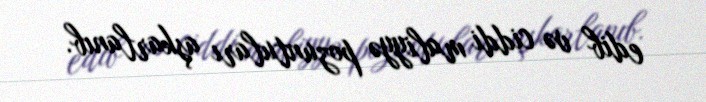
edib və ciddi maliyyə pozuntuları aşkarlanıb.